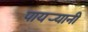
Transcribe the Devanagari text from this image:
पायर्‍यानी